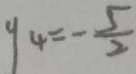
y _ { 4 } = - \frac { 5 } { 2 }